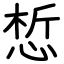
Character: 惁